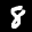
Label: 8